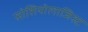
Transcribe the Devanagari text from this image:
सोशियोलाजिस्ट